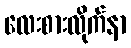
လေးစားလိုက်နာ